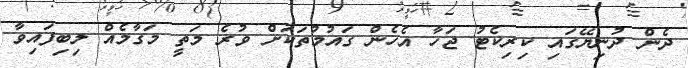
ދެން ދުނިޔޭގައި ކިރިކެޓު ޖަހާ އެހެން ގައުމުތަކަށް ވުރެ މަތީ މަގާމެއް ލިބިފައިވާ